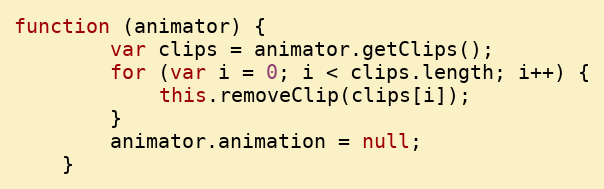
Language: JavaScript
function (animator) {
        var clips = animator.getClips();
        for (var i = 0; i < clips.length; i++) {
            this.removeClip(clips[i]);
        }
        animator.animation = null;
    }